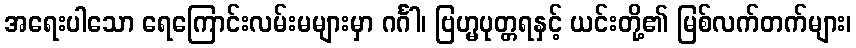
အရေးပါသော ရေကြောင်းလမ်းမများမှာ ဂင်္ဂါ၊ ဗြဟ္မပုတ္တရနှင့် ယင်းတို့၏ မြစ်လက်တက်များ၊